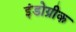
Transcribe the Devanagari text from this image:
इंडोग्रीक